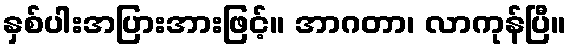
နှစ်ပါးအပြားအားဖြင့်။ အာဂတာ၊ လာကုန်ပြီ။